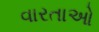
વારતાઓ